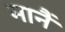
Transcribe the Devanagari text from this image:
मानैं